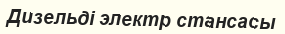
Дизельді электр стансасы